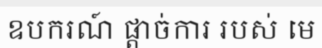
ឧបករណ៍ ផ្តាច់ការ របស់ មេ